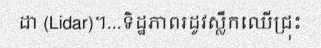
ដា (Lidar)។...ទិដ្ឋភាពរដូវស្លឹកឈើជ្រុះ